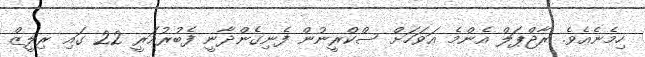
ހިމެނެއެވެ. ރާޖްޕަލް އެންމެ އަވަހަށް ސްކްރީނުން ފެނިގެންދާނީ ފެބުރުއަރީ 22 ގައި ރިލީޒް